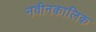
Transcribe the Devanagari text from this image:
नवीनकालिक